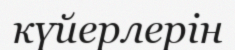
күйерлерін